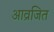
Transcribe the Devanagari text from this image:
आव्रजित